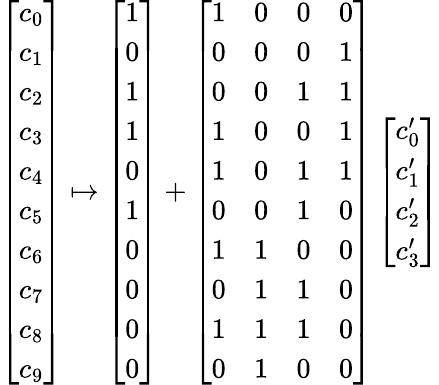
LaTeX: \begin{array}{r}{\left[\begin{array}{l}{c_{0}}\\ {c_{1}}\\ {c_{2}}\\ {c_{3}}\\ {c_{4}}\\ {c_{5}}\\ {c_{6}}\\ {c_{7}}\\ {c_{8}}\\ {c_{9}}\end{array}\right]\mapsto\left[\begin{array}{l}{1}\\ {0}\\ {1}\\ {1}\\ {0}\\ {1}\\ {0}\\ {0}\\ {0}\\ {0}\end{array}\right]+\left[\begin{array}{llll}{1}&{0}&{0}&{0}\\ {0}&{0}&{0}&{1}\\ {0}&{0}&{1}&{1}\\ {1}&{0}&{0}&{1}\\ {1}&{0}&{1}&{1}\\ {0}&{0}&{1}&{0}\\ {1}&{1}&{0}&{0}\\ {0}&{1}&{1}&{0}\\ {1}&{1}&{1}&{0}\\ {0}&{1}&{0}&{0}\end{array}\right]\left[\begin{array}{l}{c_{0}^{\prime}}\\ {c_{1}^{\prime}}\\ {c_{2}^{\prime}}\\ {c_{3}^{\prime}}\end{array}\right]}\end{array}